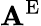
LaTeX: \mathbf{A}^{\mathrm{{E}}}